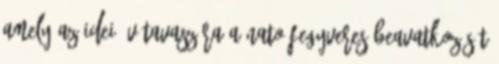
amely az idei év tavaszára a NATO fegyveres beavatkozását